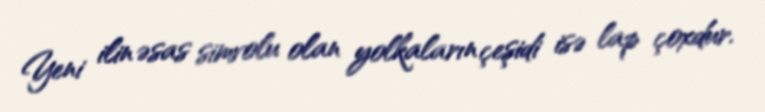
Yeni ilin əsas simvolu olan yolkaların çeşidi isə lap çoxdur.